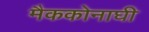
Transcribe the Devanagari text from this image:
मैककोनाघी